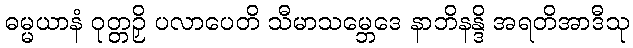
ဓမ္မယာနံ ဝုတ္တဉှိ ပလာပေတိ သီမာသမ္ဘေဒေ နာဘိနန္ဒိ အရတိအာဒီသု